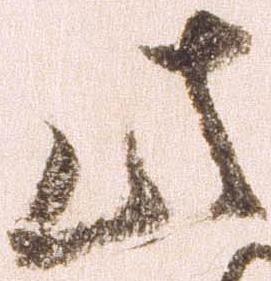
此